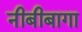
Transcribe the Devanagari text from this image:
नीबीबागा